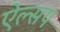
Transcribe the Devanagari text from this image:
ऐल्सप